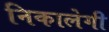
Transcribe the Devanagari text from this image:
निकालेगी